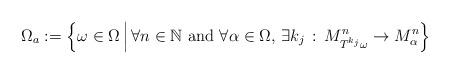
LaTeX: \begin{align*}\Omega_{a}:=\left\{\omega\in \Omega\,\Big|\,\forall n\in\mathbb N \textrm{ and }\forall\alpha\in \Omega,\,\exists k_j\,:\, M^n_{T^{k_j}\omega}\to M^n_\alpha\right\}\end{align*}